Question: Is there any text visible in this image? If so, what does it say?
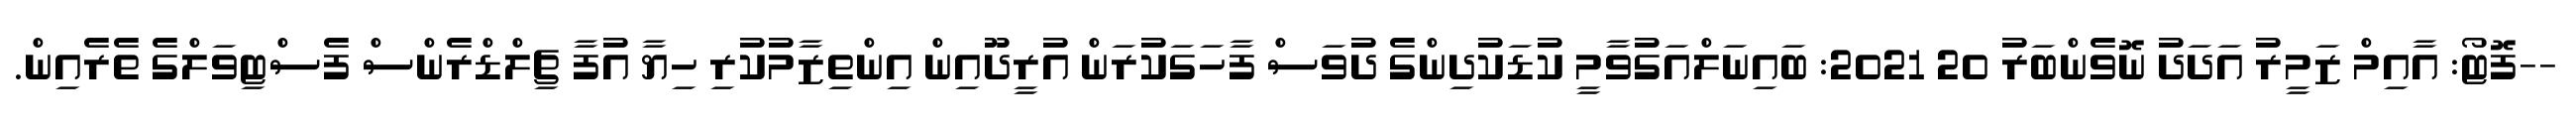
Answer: --ފޮޓޯ: އާއިމް ޒަމީރު އަދަދު ނޮވެންބަރު 20 2021: ބައިނަލްއަގުވާމީ ކުޑަކުދިންގެ ދުވަސް ފާހަގަކުރަން އުރީދޫއިން އިންތިޒާމުކުރި ހިޔާ އުފާ ޗިލްޑްރެންސް ފެސްޓިވަލްގެ ތެރެއިން.